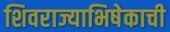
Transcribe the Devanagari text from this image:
शिवराज्याभिषेकाची